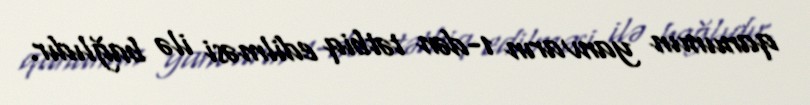
qanunun yanvarın 1-dən tətbiq edilməsi ilə bağlıdır.